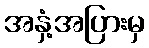
အနှံ့အပြားမှ